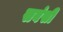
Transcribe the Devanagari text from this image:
सबंसी